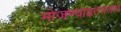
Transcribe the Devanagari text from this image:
मोजण्याइतपतच